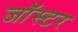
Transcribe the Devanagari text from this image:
जॉस्टर